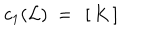
c _ { 1 } ( { \cal L } ) ~ = ~ \left[ \, K \, \right]